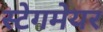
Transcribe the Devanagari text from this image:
स्टेगमेयर